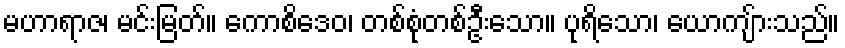
မဟာရာဇ၊ မင်းမြတ်။ ကောစိဒေဝ၊ တစ်စုံတစ်ဦးသော။ ပုရိသော၊ ယောကျ်ားသည်။